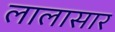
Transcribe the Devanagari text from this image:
लालासार